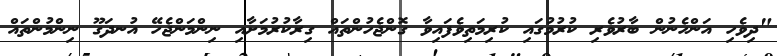
"ދިވެހި އަންހެނުން ބާރުވެރި ކުރުމުގައި ކުރިމަތިވެފައިވާ ގޮންޖެހުންތައް ގިރާކުރުމަށާއި ނިންމަންޖެހޭ އުނދަގޫ ނިންމުންތައް